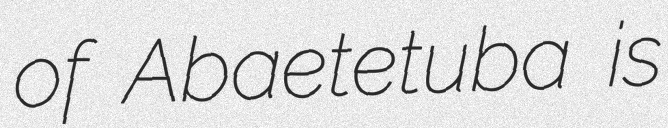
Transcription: of Abaetetuba is